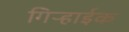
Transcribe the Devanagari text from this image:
गिऱ्हाईक